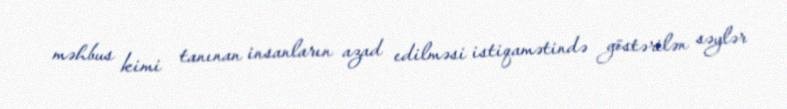
məhbus kimi tanınan insanların azad edilməsi istiqamətində göstərilən səylər